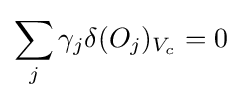
\sum _{j}\gamma _{j}\delta (O_{j})_{V_{c}}=0\,\!